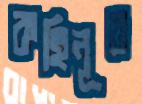
কহিনূর